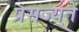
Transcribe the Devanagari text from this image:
प्रसज्यते